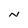
Character: N